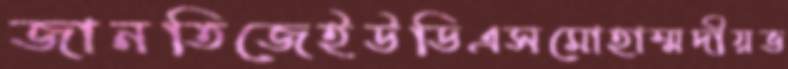
জানতিজেইউডিএসমোহাম্মদীয়ভ